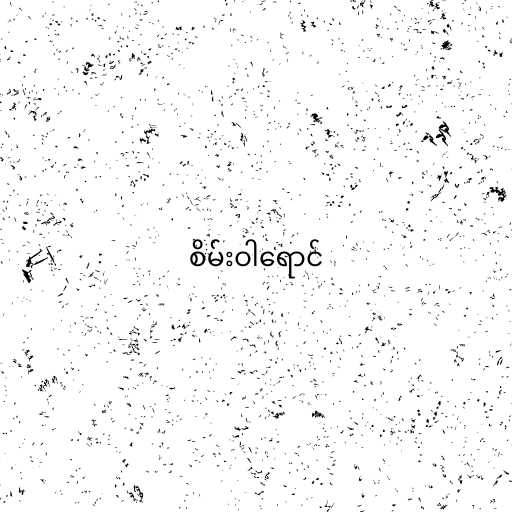
စိမ်းဝါရောင်